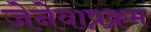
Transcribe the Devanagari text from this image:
जेनेवाप्रक्रम